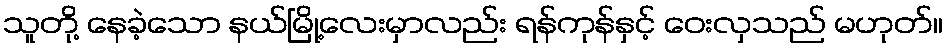
သူတို့ နေခဲ့သော နယ်မြို့လေးမှာလည်း ရန်ကုန်နှင့် ဝေးလှသည် မဟုတ်။